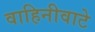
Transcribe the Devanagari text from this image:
वाहिनीवाटे